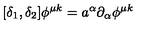
[ \delta _ { 1 } , \delta _ { 2 } ] \phi ^ { \mu k } = a ^ { \alpha } \partial _ { \alpha } \phi ^ { \mu k }